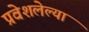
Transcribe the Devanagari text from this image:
प्रवेशलेल्या